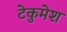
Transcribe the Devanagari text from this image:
टेकुमेश